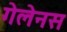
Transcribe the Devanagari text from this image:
गेलेनस